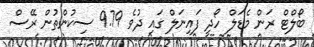
ބޯލްޓް ރަން މެޑަލް ހޯދީ ފައިނަލް ގައި ދުވެ 9.79 ސިކުންތުން ރޭސް